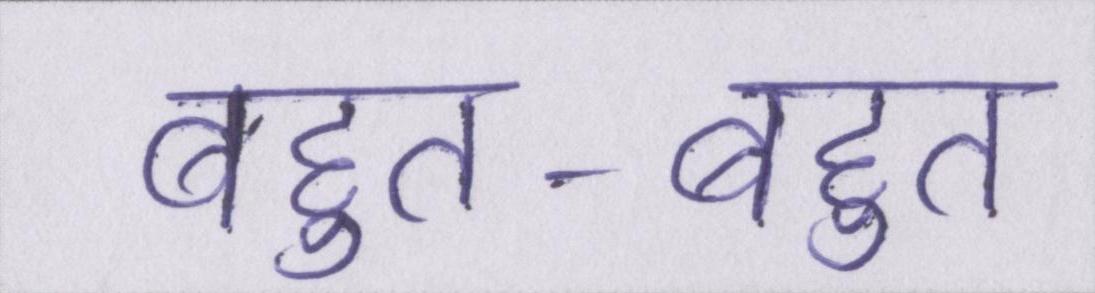
बहुत-बहुत